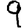
Digit: 9